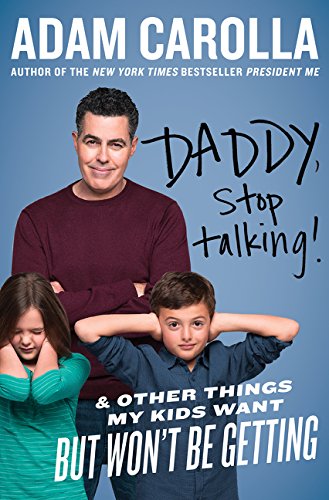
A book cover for Daddy, Stop Talking!: And Other Things My Kids Want But Won't Be Getting; Adam Carolla; Humor & Entertainment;